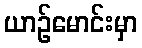
ယာဉ်မောင်းမှာ